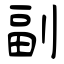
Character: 副